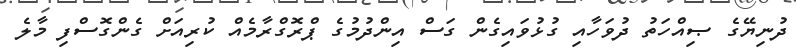
ދުނިޔޭގެ ޞިއްހަތު ދުވަހާއި ގުޅުވައިގެން ގަސް އިންދުމުގެ ޕްރޮގްރާމެއް ކުރިއަށް ގެންގޮސްފި މާލެ